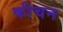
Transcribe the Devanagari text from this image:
कीचन